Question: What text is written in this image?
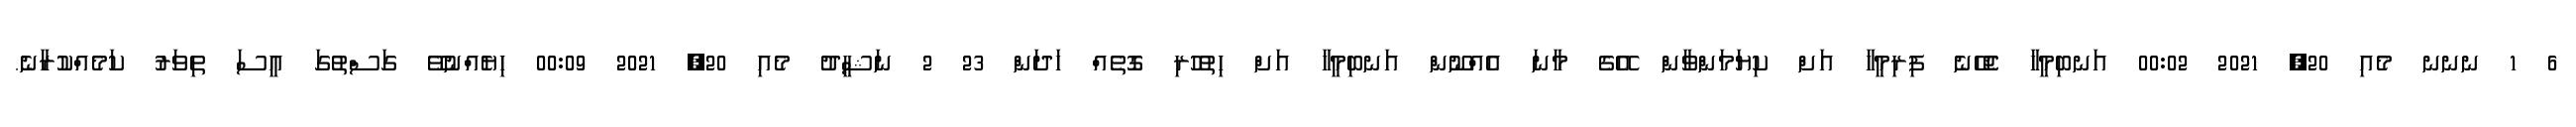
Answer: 6 1 ނނނ މެއި 20, 2021 00:02 އަނބިމީހާ ޖެހޭނެ ފިރިމީހާ އަށް ކިޔަމަންވާން އޭގެ މާނަ އެއްނޫން އަނބިމީހާ އަށް ހިތުހުރި ގޮތެއް ހަދަން 23 2 ނަޝީދު މެއި 20, 2021 00:09 ހިޔެއްނުވޭ ގަސްތުގަ އީސަ ތިވަރު ކަމެއްކުރާނެ.